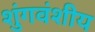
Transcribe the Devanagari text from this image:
शुंगवंशीय